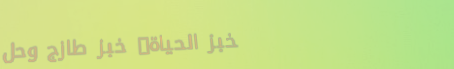
مخبز الحياة: خبز طازج وحل